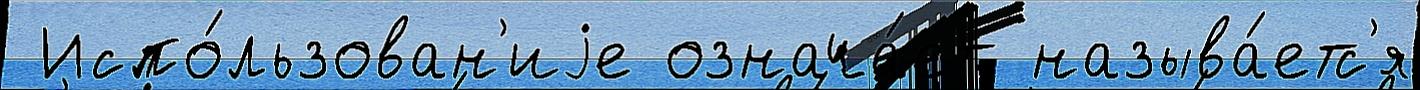
 Испо́льзован'иjе означа́ет называ́етс'я